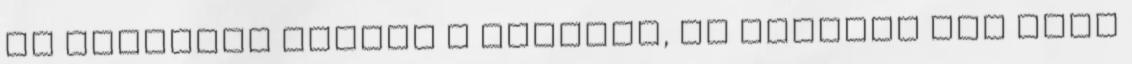
is rántotta miatta a derekát, de annyira nem ment